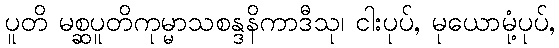
ပူတိ မစ္ဆပူတိကုမ္မာသစန္ဒနိကာဒီသု၊ ငါးပုပ်, မုယောမုံ့ပုပ်,